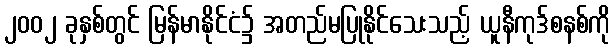
၂၀၀၂ ခုနှစ်တွင် မြန်မာနိုင်ငံ၌ အတည်မပြုနိုင်သေးသည့် ယူနီကုဒ်စနစ်ကို